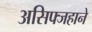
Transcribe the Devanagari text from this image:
असिफ्जहाने